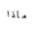
ماذا